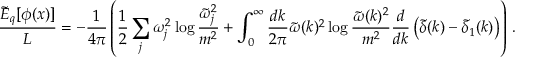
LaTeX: \frac { \tilde { \cal E } _ { q } [ \phi ( x ) ] } { L } = - \frac { 1 } { 4 \pi } \left( \frac { 1 } { 2 } \sum _ { j } \omega _ { j } ^ { 2 } \log \frac { \tilde { \omega } _ { j } ^ { 2 } } { m ^ { 2 } } + \int _ { 0 } ^ { \infty } \frac { d k } { 2 \pi } \tilde { \omega } ( k ) ^ { 2 } \log \frac { \tilde { \omega } ( k ) ^ { 2 } } { m ^ { 2 } } \frac { d } { d k } \left( \tilde { \delta } ( k ) - \tilde { \delta } _ { 1 } ( k ) \right) \right) \, .